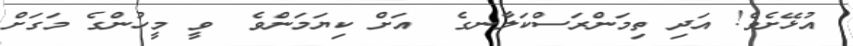
އުޅޭށެވެ! އަދި ތިމަންރަސްކަލާނގެ  އަށް ކިޔަމަންވެ  ވީ މީހުންގެ މަގަށް